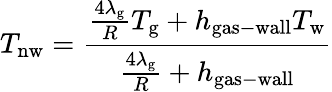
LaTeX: T_{\mathrm{nw}}=\frac{\frac{4\lambda_{\mathrm{g}}}{R}T_{\mathrm{g}}+h_{\mathrm{gas-wall}}T_{\mathrm{w}}}{\frac{4\lambda_{\mathrm{g}}}{R}+h_{\mathrm{gas-wall}}}